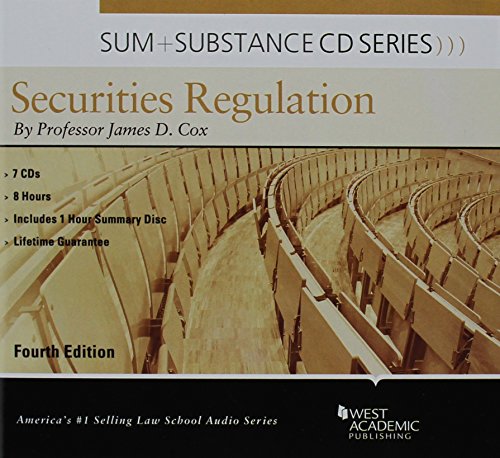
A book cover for Sum and Substance Audio on Securities Regulation with Summary Supplement; James Cox; Law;